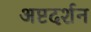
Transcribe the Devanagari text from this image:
अष्टदर्शन